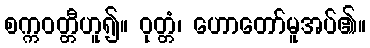
စက္ကဝတ္တီဟူ၍။ ဝုတ္တံ၊ ဟောတော်မူအပ်၏။